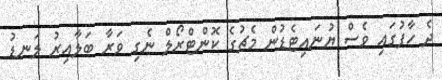
ދެ ހާފުގައި ވެސް ޔުނައިޓެޑުން މެޗުގެ ކޮންޓްރޯލް ނެގި ވަރާ ބަލާއިރު ލަނޑު